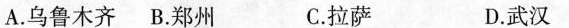
A.乌鲁木齐 B.郑州 C.拉萨 D.武汉